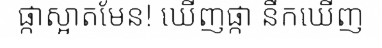
ផ្កាស្អាតមែន! ឃើញផ្កា នឹកឃើញ